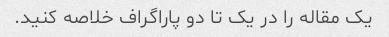
یک مقاله را در یک تا دو پاراگراف خلاصه کنید.